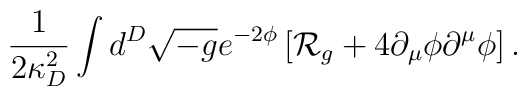
{1\over{2\kappa^2_D}}\int d^D\sqrt{-g}e^{-2\phi}\left[{\cal R}_g+4\partial_{\mu}\phi\partial^{\mu}\phi\right].